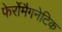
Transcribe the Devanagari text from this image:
फेर्रोमैगनेटिक